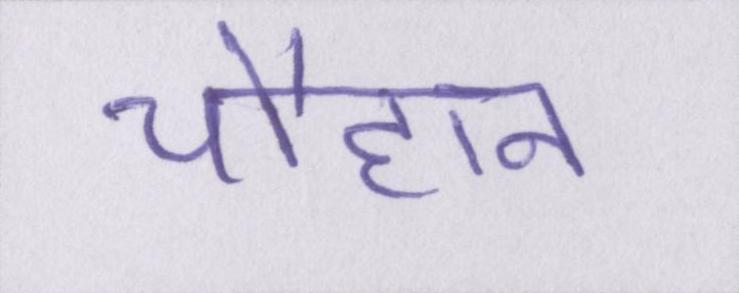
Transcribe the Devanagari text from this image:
चौहान